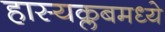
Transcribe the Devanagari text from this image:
हास्यक्लबमध्ये